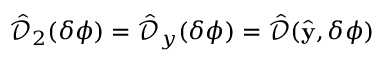
\hat { \mathcal { D } } _ { 2 } ( \delta \phi ) = \hat { \mathcal { D } } _ { y } ( \delta \phi ) = \hat { \mathcal { D } } ( \hat { \bf y } , \delta \phi )